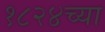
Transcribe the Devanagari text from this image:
१८२४च्या